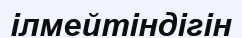
ілмейтіндігін